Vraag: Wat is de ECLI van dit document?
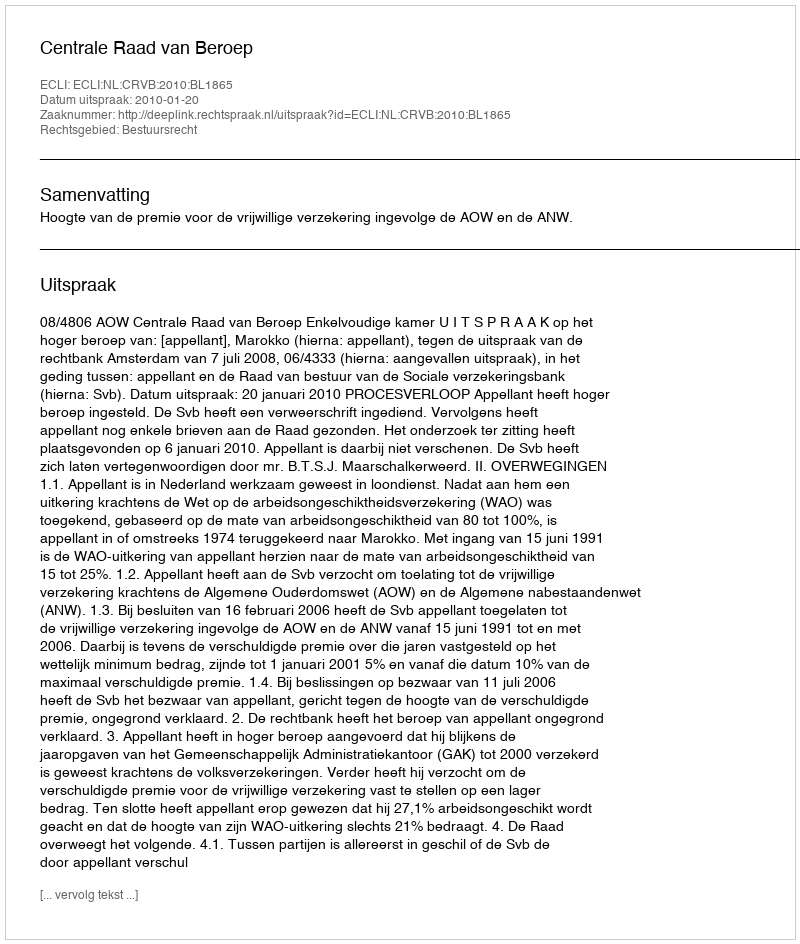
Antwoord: ECLI:NL:CRVB:2010:BL1865